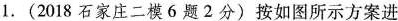
1.(2018石家庄二模6题2分)按如图所示方案进